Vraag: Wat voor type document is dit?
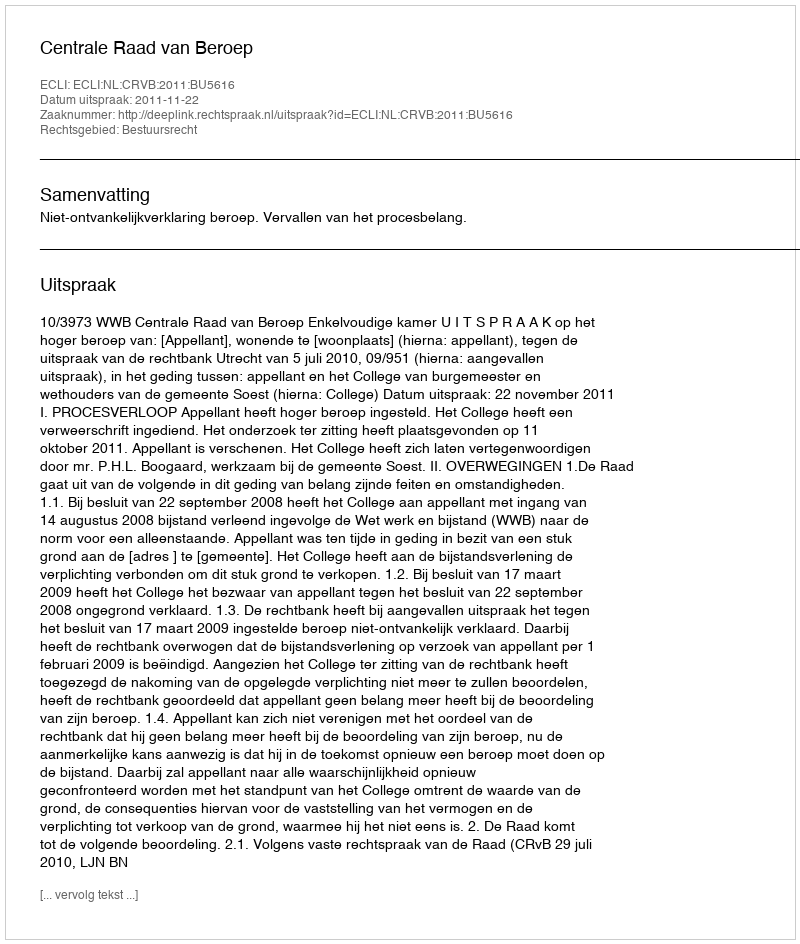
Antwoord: Uitspraak